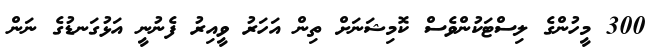
300 މީހުންގެ ލިސްޓަކުންވެސް ކޮމިޝަނަށް ތިން އަހަރު ވީއިރު ފެނުނީ އަޅުގަނޑުގެ ނަން